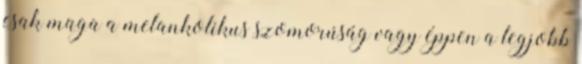
csak maga a melankolikus szomorúság vagy éppen a legjobb